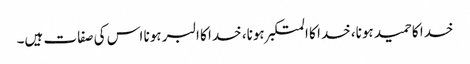
خدا کا حمید ہونا، خدا کا المتکبر ہونا، خدا کا البر ہونا اس کی صفات ہیں۔